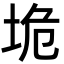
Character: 垝